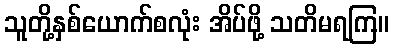
သူတို့နှစ်ယောက်စလုံး အိပ်ဖို့ သတိမရကြ။